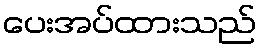
ပေးအပ်ထားသည်